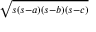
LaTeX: \sqrt { \scriptstyle { s ( s - a ) ( s - b ) ( s - c ) } }